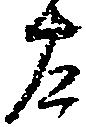
左